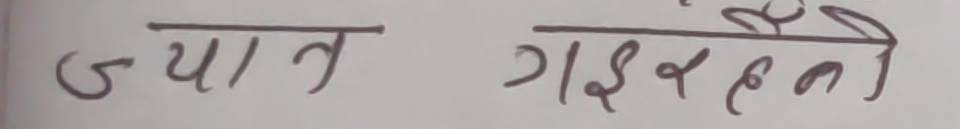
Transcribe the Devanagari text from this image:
ज्यान गईरहने